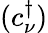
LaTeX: (c_{\nu}^{\dagger})